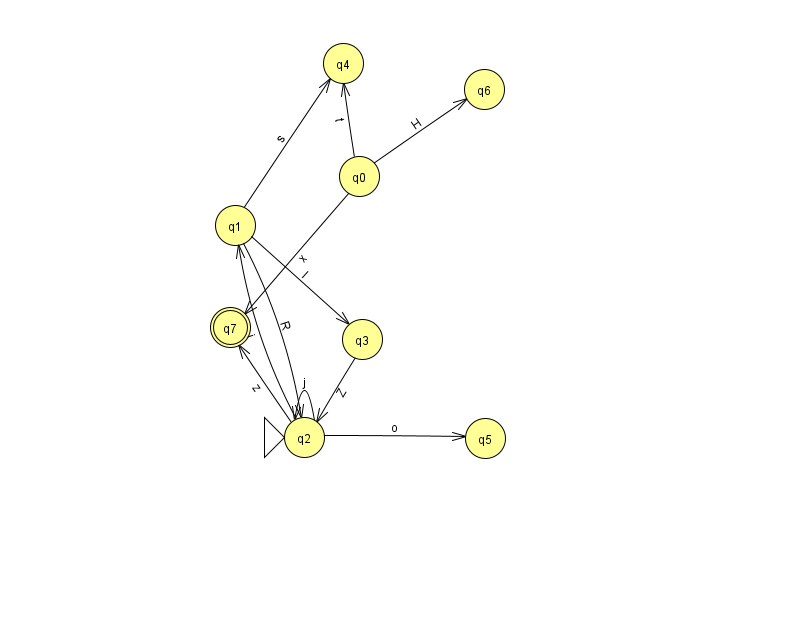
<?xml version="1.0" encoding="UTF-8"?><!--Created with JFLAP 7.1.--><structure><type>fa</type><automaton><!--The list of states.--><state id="0" name="q0"><x>359.0</x><y>163.0</y></state><state id="1" name="q1"><x>235.0</x><y>212.0</y></state><state id="2" name="q2"><x>304.0</x><y>424.0</y><initial/></state><state id="3" name="q3"><x>362.0</x><y>326.0</y></state><state id="4" name="q4"><x>343.0</x><y>50.0</y></state><state id="5" name="q5"><x>485.0</x><y>425.0</y></state><state id="6" name="q6"><x>484.0</x><y>76.0</y></state><state id="7" name="q7"><x>230.0</x><y>314.0</y><final/></state><!--The list of transitions.--><transition><from>2</from><to>5</to><read>o</read></transition><transition><from>1</from><to>3</to><read>l</read></transition><transition><from>0</from><to>6</to><read>H</read></transition><transition><from>1</from><to>4</to><read>s</read></transition><transition><from>2</from><to>1</to><read>i</read></transition><transition><from>0</from><to>7</to><read>x</read></transition><transition><from>2</from><to>2</to><read>j</read></transition><transition><from>3</from><to>2</to><read>Z</read></transition><transition><from>2</from><to>7</to><read>z</read></transition><transition><from>1</from><to>2</to><read>R</read></transition><transition><from>0</from><to>4</to><read>t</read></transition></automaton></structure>